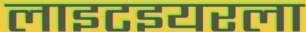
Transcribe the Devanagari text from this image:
लाइटइयरला